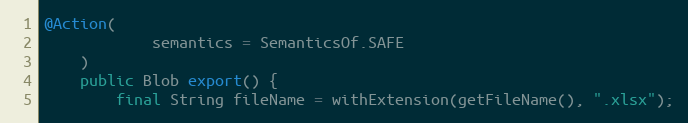
Language: Java
@Action(
            semantics = SemanticsOf.SAFE
    )
    public Blob export() {
        final String fileName = withExtension(getFileName(), ".xlsx");